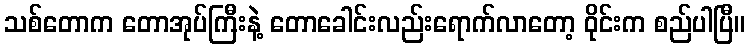
သစ်တောက တောအုပ်ကြီးနဲ့ တောခေါင်းလည်းရောက်လာတော့ ဝိုင်းက စည်ပါပြီ။